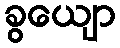
ခွယျော